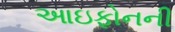
આઇફોનની